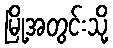
မြို့အတွင်းသို့